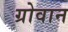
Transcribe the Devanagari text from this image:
ग्रोवान